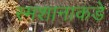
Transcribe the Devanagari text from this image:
स्मशानाकडे